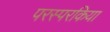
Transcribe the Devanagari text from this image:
परस्परकिया